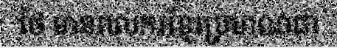
ថៃ មានពលករខ្មែរប្រមាណជា